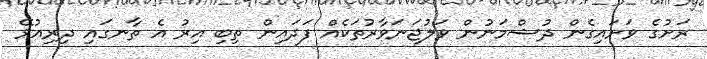
ރަށުގެ ވަށައިގެން ދުޝްމަނުން ވަލުޖަނަވާރުތަކެއް ފަދައިން ތިބި އިރު އެ ތާނގައި ދިރިއުޅޭ